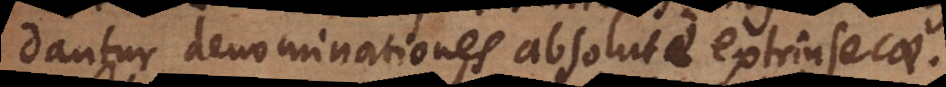
dantur denominationes absolute extrinsecae.